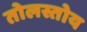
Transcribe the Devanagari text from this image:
तोलस्तोय